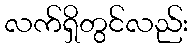
လက်ရှိတွင်လည်း